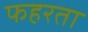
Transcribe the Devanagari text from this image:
फहरता